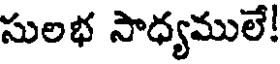
సులభ సాధ్యములే!